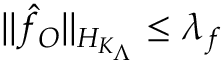
\| \hat { f } _ { O } \| _ { { \cal { H } } _ { K _ { \Lambda } } } \le \lambda _ { f }